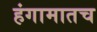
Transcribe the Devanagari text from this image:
हंगामातच